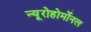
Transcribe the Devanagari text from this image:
न्यूरोहोर्मोनल